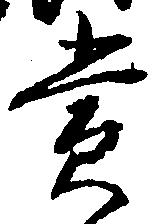
賞